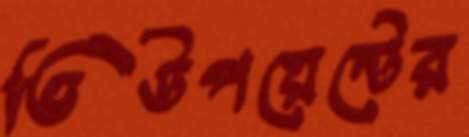
ভিউপয়েন্টের